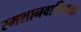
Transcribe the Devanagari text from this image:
स्मशानवासिभ्यः